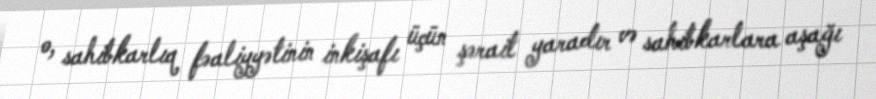
o, sahibkarlıq fəaliyyətinin inkişafı üçün şərait yaradır və sahibkarlara aşağı